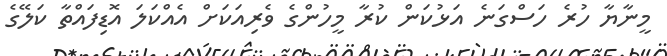
މީނާޔާ ހުރެ ހަސްގަނެ އަޅުކަން ކުރާ މީހުންގެ ވެރިއަކަށް އެއްކަލަ އޮޑިފައްތާ ކަލޭގެ